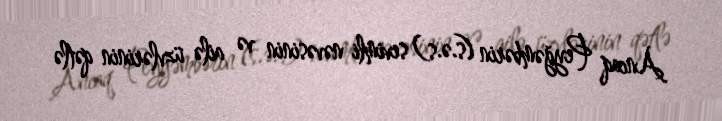
Ancaq Peyğəmbərin (s.ə.s) sevimli nəvəsinin və ailə üzvlərinin qətlə